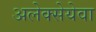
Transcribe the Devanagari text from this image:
अलेक्सेयेवा